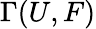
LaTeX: \Gamma(U,F)